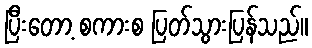
ပြီးတော့ စကားစ ပြတ်သွားပြန်သည်။